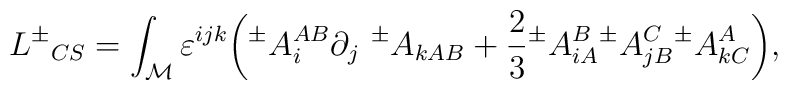
L{^{\pm}}_{CS} = \int_{\cal M} \varepsilon^{ijk} \bigg( {^{\pm}} A_i^{AB}\partial_j {\ ^{\pm}} A_{kAB} + {\frac{2 }{3}} {^{\pm}} A_{iA}^B {^{\pm}}A_{jB}^C {^{\pm}} A_{kC}^A \bigg),